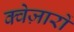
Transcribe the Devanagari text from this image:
क्वेज़ारों